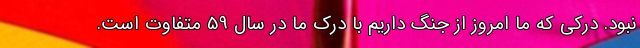
نبود. درکی که ما امروز از جنگ داریم با درک ما در سال 59 متفاوت است.